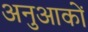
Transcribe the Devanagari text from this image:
अनुआकों